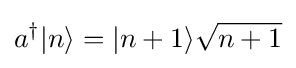
a^{\dagger }|n\rangle =|n+1\rangle {\sqrt {n+1}}